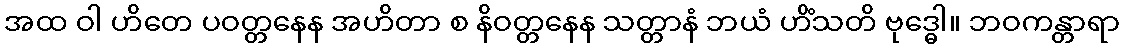
အထ ဝါ ဟိတေ ပဝတ္တနေန အဟိတာ စ နိဝတ္တနေန သတ္တာနံ ဘယံ ဟိံသတိ ဗုဒ္ဓေါ။ ဘဝကန္တာရာ